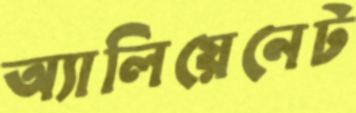
অ্যালিয়েনেট